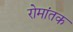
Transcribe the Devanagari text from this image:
रोमांतक